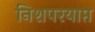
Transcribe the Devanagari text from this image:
निशपरयाप्त